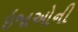
ઇજાઓની